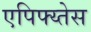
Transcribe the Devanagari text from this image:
एपिफ्य्तेस